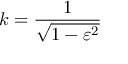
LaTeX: k = { \frac { 1 } { \sqrt { 1 - \varepsilon ^ { 2 } } } }